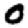
Digit: 0